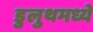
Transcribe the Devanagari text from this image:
डुलुथमध्ये